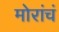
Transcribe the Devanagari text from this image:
मोरांचं